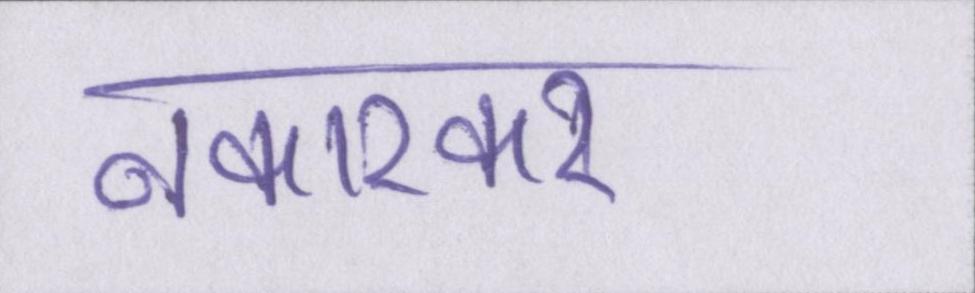
नकारकर